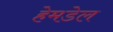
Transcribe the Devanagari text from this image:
हेमडेल